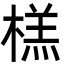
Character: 榚